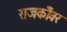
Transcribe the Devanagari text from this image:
राजकोँवर